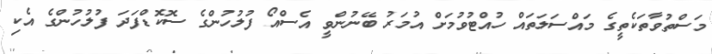
މަސްތުވާތަކެތީގެ މައްސަލަތައް ހުއްޓުވުމަށް އުމަރު ބޭނުންވީ އެސްއޯ ފުލުހުންގެ ސޮކޮޑްފަދަ ފުލުހުންގެ އެކި